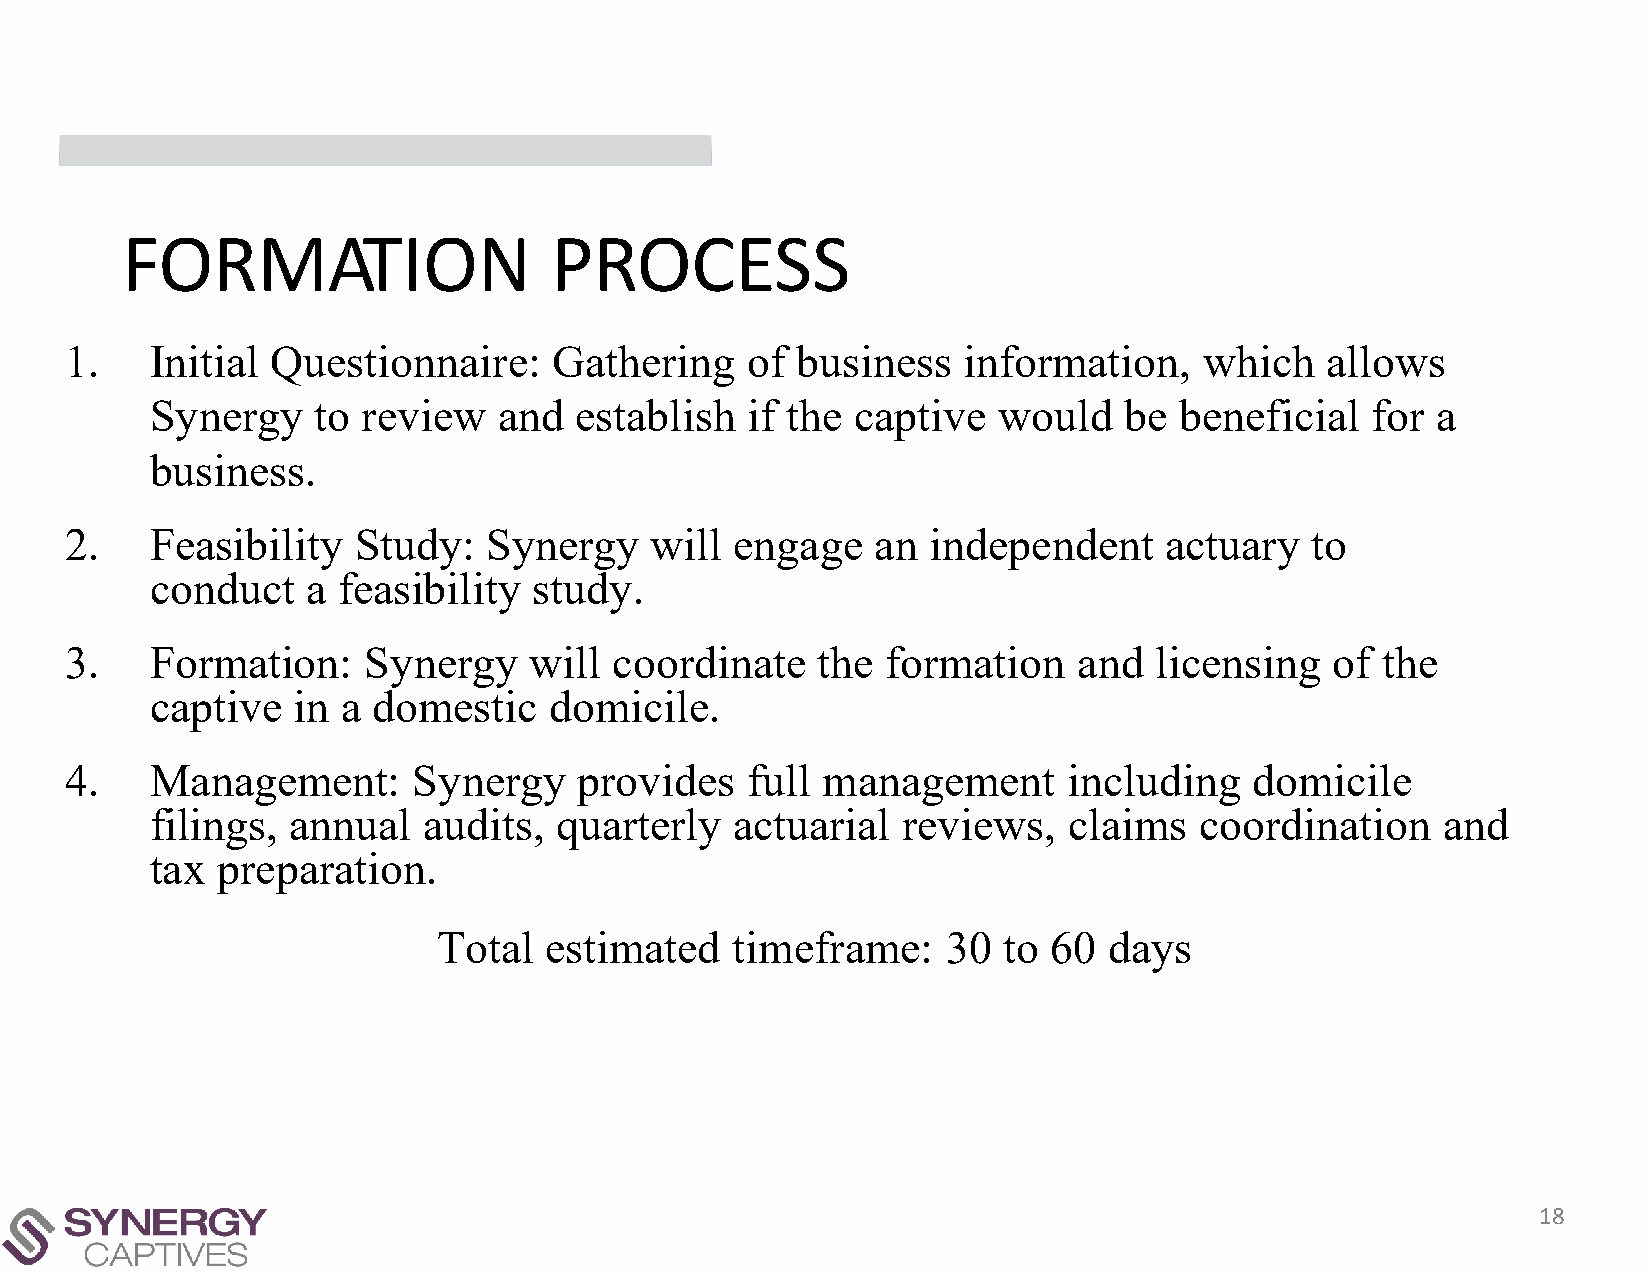
FORMATION                   PROCESS
 1.    Initial Questionnaire:     Gathering   of  business   information,    which   allows
 Synergy    to review   and  establish  if the  captive  would   be  beneficial   for a
 business.
 2.    Feasibility  Study:   Synergy    will  engage   an independent     actuary   to
 conduct   a feasibility  study.
 3.    Formation:    Synergy    will  coordinate   the  formation   and  licensing   of the
 captive  in  a domestic   domicile.
 4.    Management:      Synergy    provides   full management       including   domicile
 filings, annual   audits,  quarterly  actuarial   reviews,   claims  coordination    and
 tax preparation.
 Total  estimated   timeframe:     30 to 60  days
 18